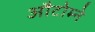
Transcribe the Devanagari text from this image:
औटोम्ने